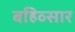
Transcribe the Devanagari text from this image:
बहिव्सार